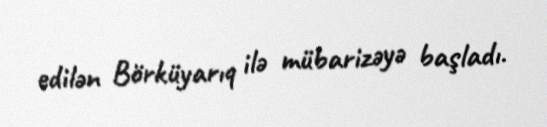
edilən Börküyarıq ilə mübarizəyə başladı.